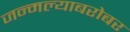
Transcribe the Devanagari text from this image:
जन्मल्याबरोबर